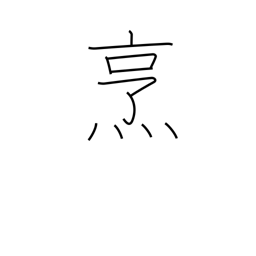
Meaning: boil